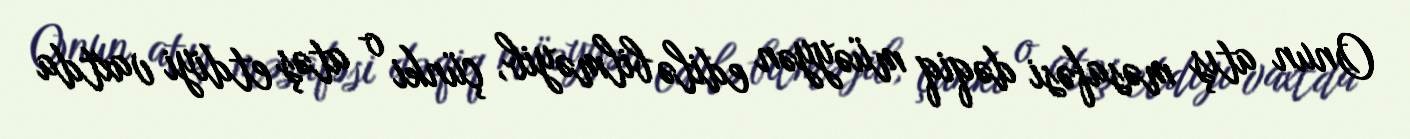
Onun atış məsafəsi dəqiq müəyyən edilə bilməyib, çünki o atəş etdiyi vaxtda